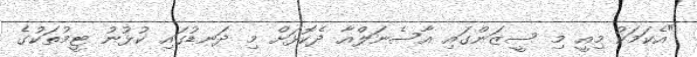
"އެކަމަކު މިއީ މި ސީޒަންގައި އާސެނަލްއާ ދެކޮޅަށް މި ދަނޑުގައި ކުޅުނު ޓީމުތަކުގެ